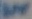
Text: IN